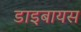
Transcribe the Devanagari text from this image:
डाइबायस